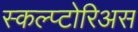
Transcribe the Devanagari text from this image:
स्कल्प्टोरिअस